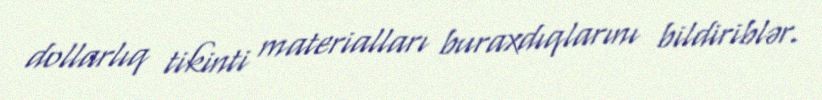
dollarlıq tikinti materialları buraxdıqlarını bildiriblər.